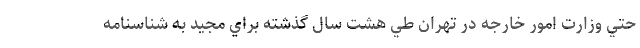
حتي وزارت امور خارجه در تهران طي هشت سال گذشته براي مجيد به شناسنامه